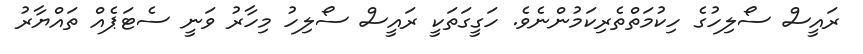
ރައީސް ސޯލިހުގެ ހިކުމަތްތެރިކަމުންނެވެ. ހަގީގަތަކީ ރައީސް ސޯލިހު މިހާރު ވަނީ ސެޓަޕެއް ތައްޔާރު